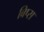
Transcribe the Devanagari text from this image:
बिप्स